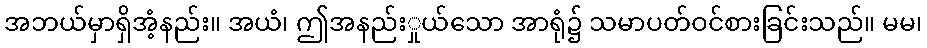
အဘယ်မှာရှိအံ့နည်း။ အယံ၊ ဤအနည်းှုယ်သော အာရုံ၌ သမာပတ်ဝင်စားခြင်းသည်။ မမ၊